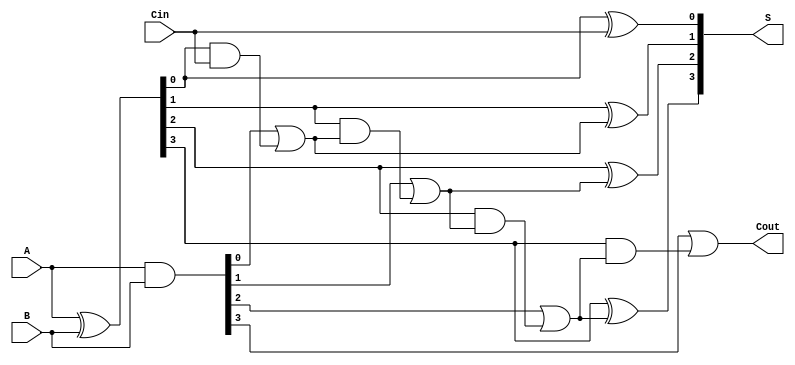
module conditional_sum_adder (
    input [3:0] A,      // 4-bit input A
    input [3:0] B,      // 4-bit input B
    input Cin,          // Carry-in
    output [3:0] S,     // 4-bit sum output
    output Cout         // Carry-out
);

    wire [3:0] P;      // Propagate signals
    wire [3:0] G;      // Generate signals
    wire [3:0] C;      // Carry signals

    // Generate and Propagate Logic
    assign P = A ^ B;  // Propagate: P[i] = A[i] XOR B[i]
    assign G = A & B;  // Generate: G[i] = A[i] AND B[i]

    // Carry Generation
    assign C[0] = G[0] | (P[0] & Cin); // C0
    assign C[1] = G[1] | (P[1] & C[0]); // C1
    assign C[2] = G[2] | (P[2] & C[1]); // C2
    assign C[3] = G[3] | (P[3] & C[2]); // C3

    // Sum Calculation
    assign S[0] = P[0] ^ Cin;          // S0
    assign S[1] = P[1] ^ C[0];         // S1
    assign S[2] = P[2] ^ C[1];         // S2
    assign S[3] = P[3] ^ C[2];         // S3

    // Carry-out
    assign Cout = C[3];                // Final carry-out

endmodule